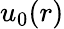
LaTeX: u_{0}(r)